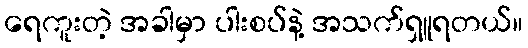
ရေကူးတဲ့ အခါမှာ ပါးစပ်နဲ့ အသက်ရှူရတယ်။